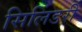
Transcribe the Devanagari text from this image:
सिलिंडरी